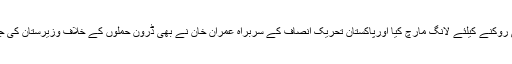
2012 ء میں ’دفاع پاکستان کونسل‘ کی جانب سے نیٹو سپلائی روکنے کیلئے لانگ مارچ کیا اورپاکستان تحریک انصاف کے سربراہ عمران خان نے بھی ڈرون حملوں کے خلاف وزیرستان کی جانب امن مارچ کیا تھا جِس سے ملکی سطح پر کافی ہلچل رہی۔